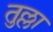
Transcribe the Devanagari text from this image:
तुल्ला